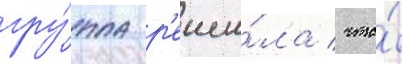
гру́ппа р'еши́ла / что́